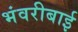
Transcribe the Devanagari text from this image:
भंवरीबाई